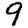
Digit: 9